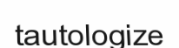
tautologize